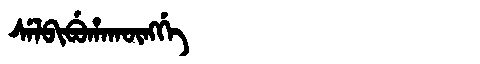
Manchu: ᠰᡝᠯᠪᡳᠪᡠᡥᠠᡴᡡᠩᡤᡝ
Romanization: SELBIBUHAKŪNGGE